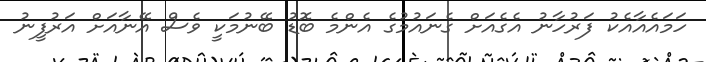
ހަމައެއާއެކު ފަރުހާނު އެގެއަށް ގެނައުމުގެ އެންމެ ބޮޑު ބޭނުމަކީ ވެސް އޭނާއަށް އަރުފީނު